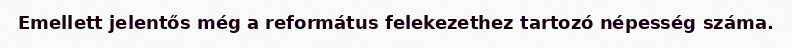
Emellett jelentős még a református felekezethez tartozó népesség száma.